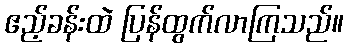
ဧည့်ခန်းထဲ ပြန်ထွက်လာကြသည်။